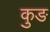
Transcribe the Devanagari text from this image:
कुङ